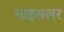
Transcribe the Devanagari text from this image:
गाइसलर